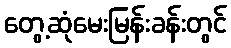
တွေ့ဆုံမေးမြန်းခန်းတွင်